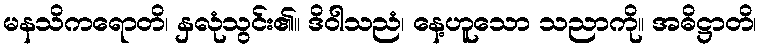
မနသိကရောတိ၊ နှလုံသွင်း၏။ ဒိဝါသညံ၊ နေ့ဟူသော သညာကို။ အဓိဋ္ဌာတိ၊